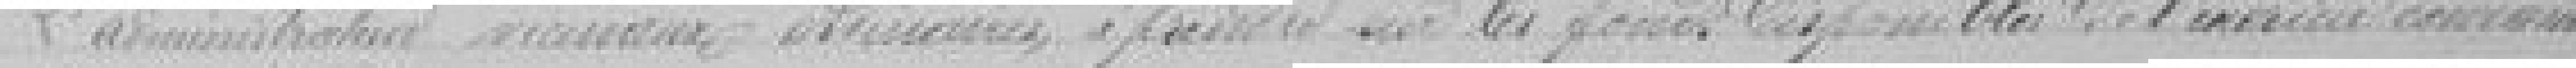
L'administrateur       vicinaux ordinaires, à prendre sur les fonds disponibles de l'exercice courant.